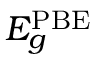
E _ { g } ^ { \mathrm { P B E } }